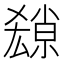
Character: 𡮱